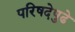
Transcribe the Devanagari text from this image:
परिषदेपुढे